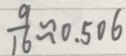
\frac { 9 } { 1 6 } \approx 0 . 5 0 6